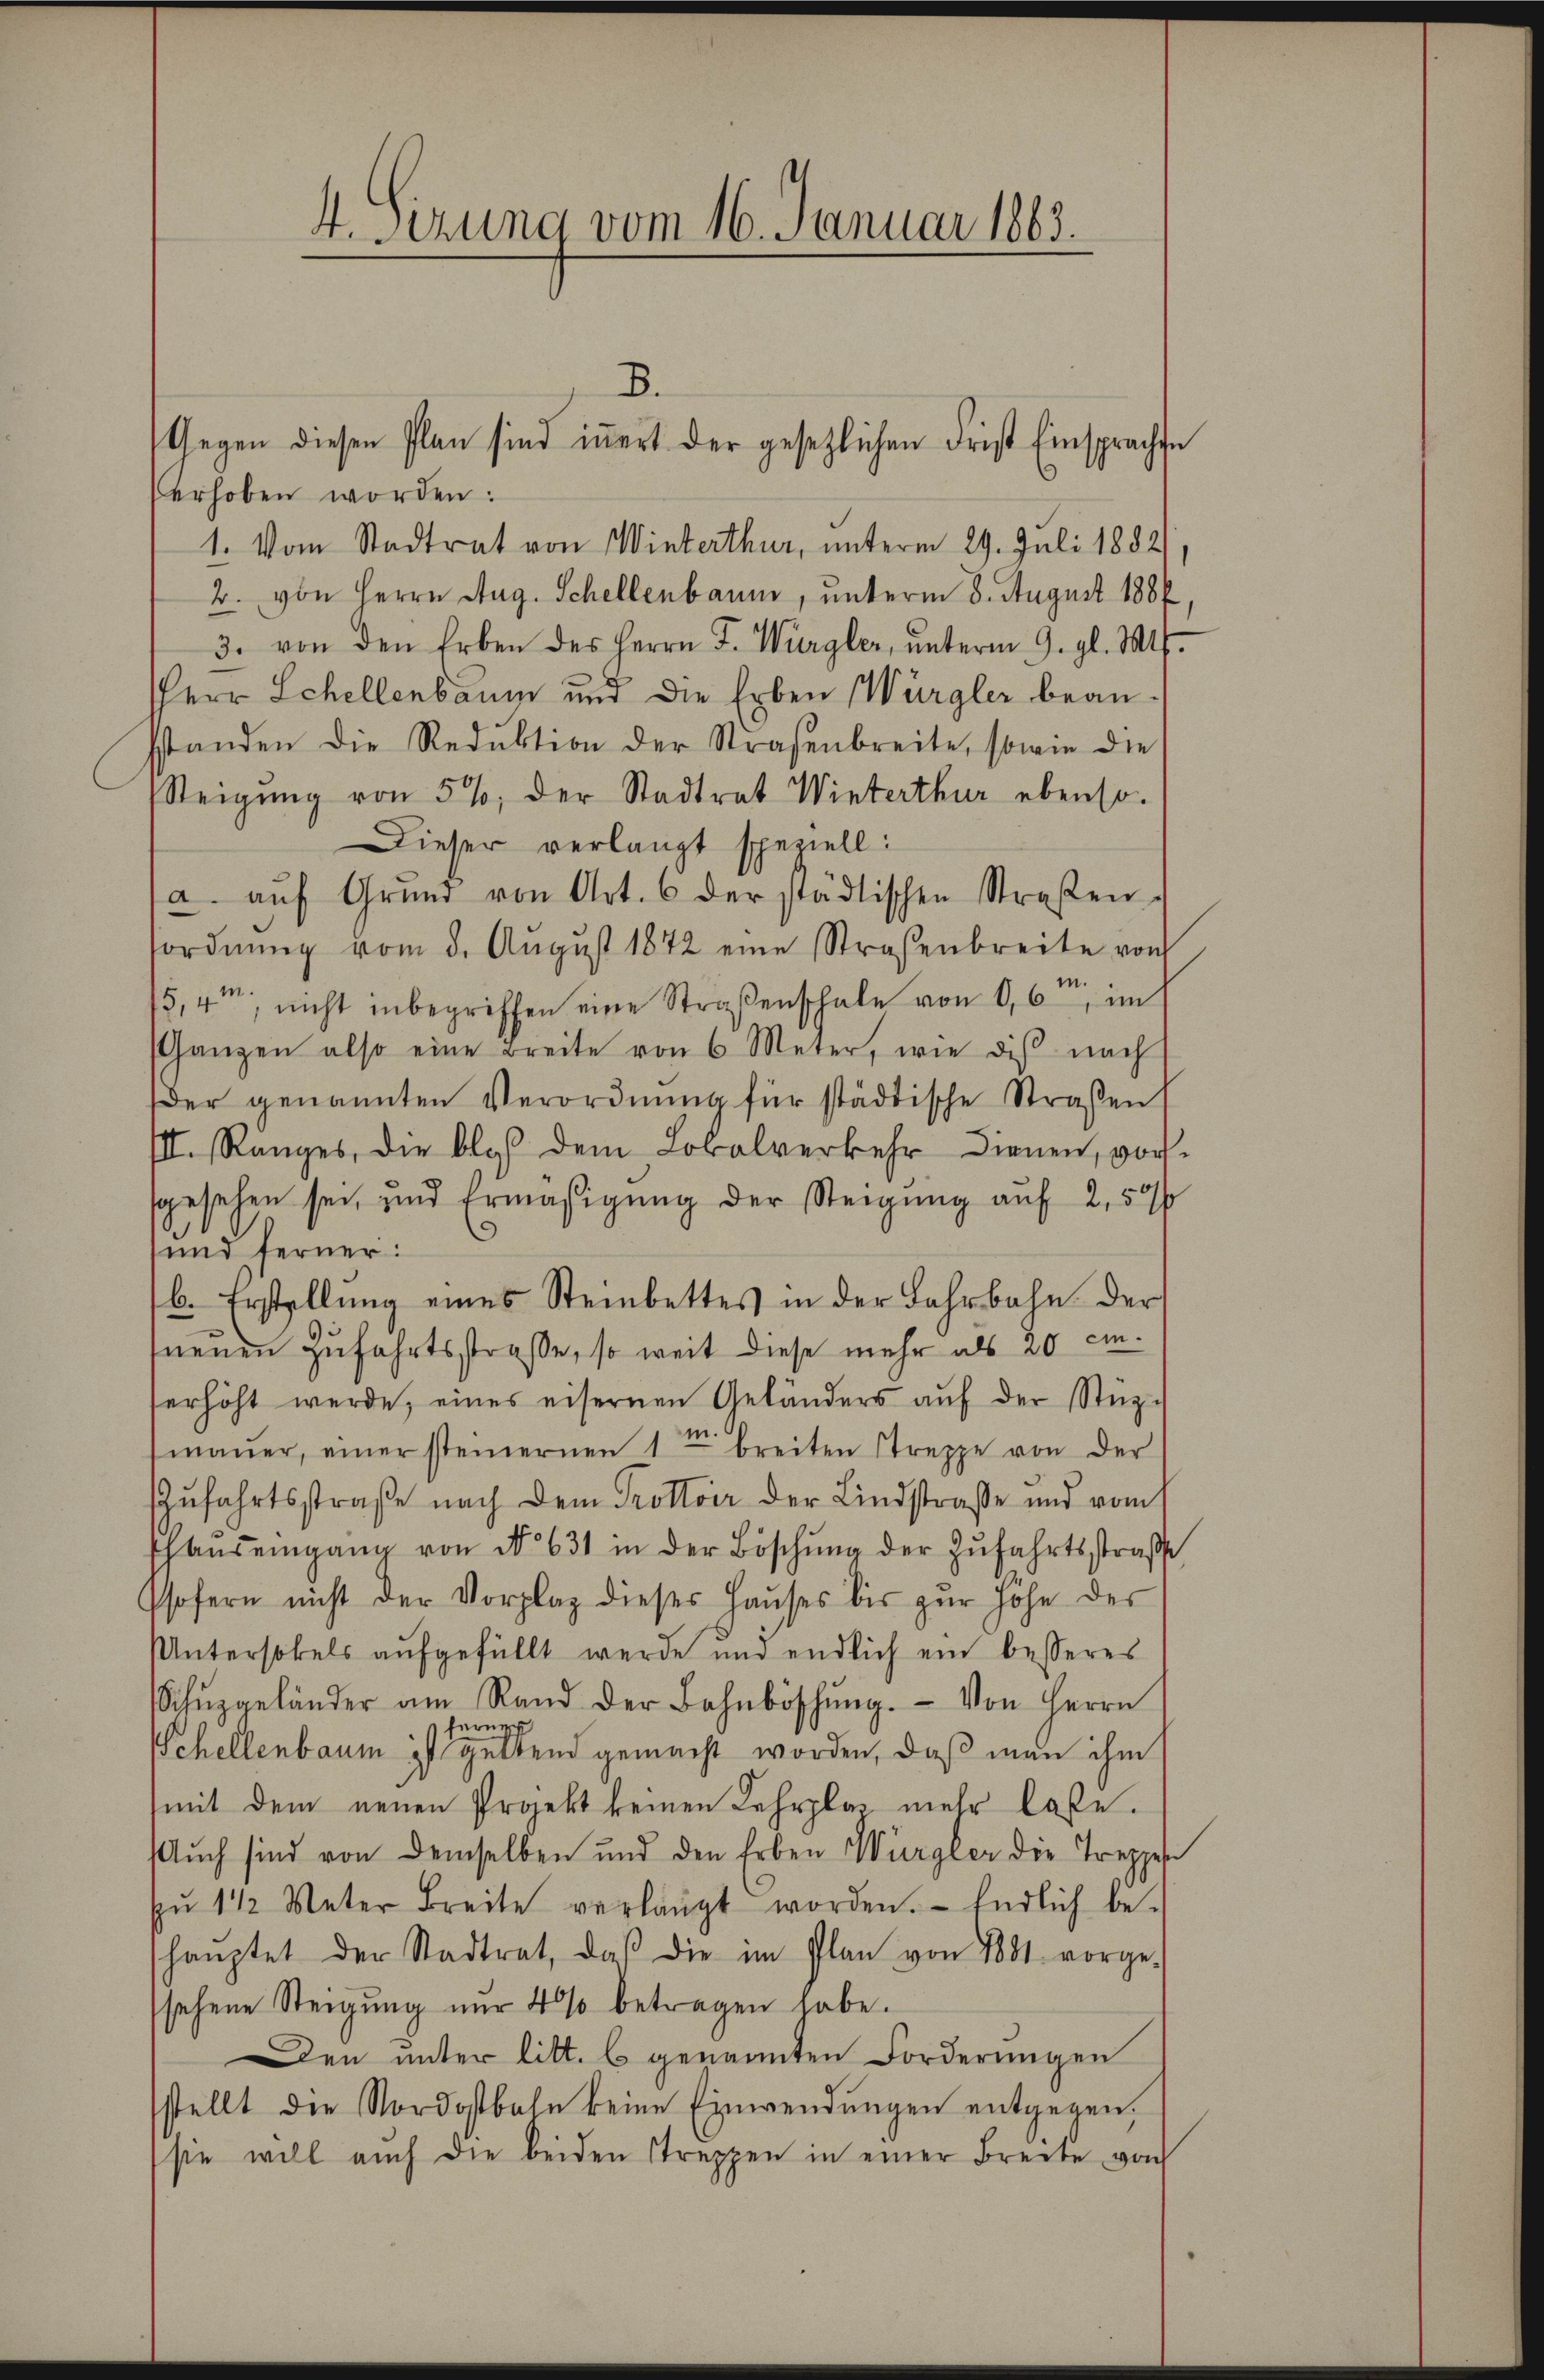
erhoben worden:
1. Vom Stadtrat von Winterthur, unterm 29. Juli 1882
2. von Herrn Aug. Schellenbaum, unterm 8. August 1884,
3. von den Erben des Herrn J. Würgler, ŭnterm 9. gl. Mts.
Herr Schellenbaus und die Erben Würgler beansstanden die Reduktion der Straßenbreite, sowie die
Steigung von 5% der Stadtrat Winterthur ebenso-
Dieser verlangt speziell:
a. aŭf Grŭnd von Art. 6 der städtischen Straβen-
ordnŭng vom 3. Aŭgŭst 1872 eine Straßenbreite von
¬
5,4m nicht inbegriffen eine Straßenschale von 66, im
sanzen also eine Breite von 6 Meter, wie diβ nach
der genannten Verordnŭng für städtische Straßen
III. Ranges, die bloß dem Lokalverkehr dienen, vorssgesehen sei, und Ermäßigung der Steigung auf 2,50
und ferner:
b. Erstellung eines Steinbettes in der Fahrbahn der
neuen Zufahrtsstraße, so weit diese mehr als 20 einerhöht werde, eines eisernen Geländers aŭf der Stüzmaŭer, einer steinernen 1 breiten Streppe von der
Zufahrtsstraße nach dem Trottoir der Lindstraße und vom 1
shauseingang von No 631 in der Böschŭng der Zŭfahrtsstraße
Phofern nicht der Vorplag dieses Haŭses bis zŭr Höhe der
Untersokels aufgefüllt werde und endlich ein besseres
Schŭpgeländer am Rand der Bahnböschŭng. Von Herrn
rug
Schellenbaum ist geltend gemacht worden, daß man ihm
mit dem neuen Projekt keinen Lehrplas mehr lasse.
Aŭch sind von demselben und den Erben Würgler die Treppes
pŭ 1 1/2 Meter Breite verlangt worden. Endlich be-
hauptet der Stadtrat, das die im Plan von 1881 vorge-
sehene Steigung nur 4 % betragen habe.
Den unter litt. b genannten Forderungen
stellt die Nordostbahn keine Einwendungen entgegen,
sie will auch die beiden Streppen in einer Breite von

4. sezung vom 16. Januar 1863.

B.
Gegen diesen Plan sind iṅert der gesetzlichen Frist Einsprachte